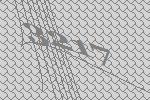
3217